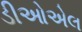
ડીઓએલ